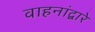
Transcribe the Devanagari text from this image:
वाहनांद्वारे